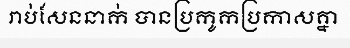
រាប់សែននាក់ បានប្រកូកប្រកាសគ្នា